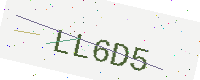
Text: LL6D5